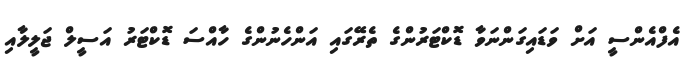
އެފްއެންސީ އަށް ވަޑައިގަންނަވާ ޑޮކްޓަރުންގެ ތެރޭގައި އަންހެނުންގެ ހާއްސަ ޑޮކްޓަރު އަސީލް ޖަލީލާއި